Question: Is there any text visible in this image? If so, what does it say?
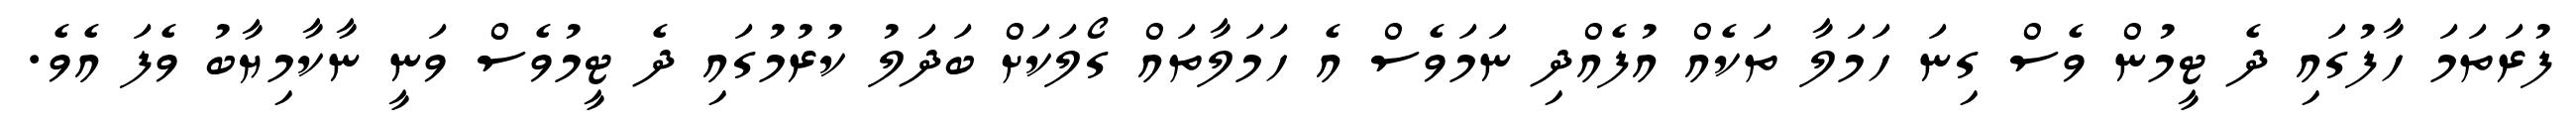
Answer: ފުރަތަމަ ހާފުގައި ދެ ޓީމުން ވެސް ގިނަ ހަމަލާ ތަކެއް އުފެއްދި ނަމަވެސް އެ ހަމަލާތައް ގޯލަކަށް ބަދަލު ކުރުމުގައި ދެ ޓީމުވެސް ވަނީ ނާކާމިޔާބު ވެފަ އެވެ.